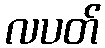
လပတ်